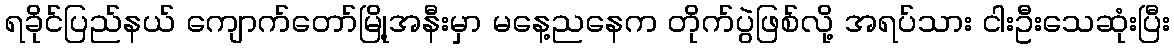
ရခိုင်ပြည်နယ် ကျောက်တော်မြို့အနီးမှာ မနေ့ညနေက တိုက်ပွဲဖြစ်လို့ အရပ်သား ငါးဦးသေဆုံးပြီး